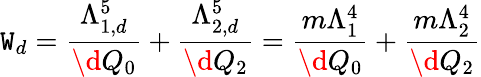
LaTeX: \mathtt{W}_{d}=\frac{{\Lambda_{1,d}^{5}}}{{\d{Q}_{0}}}+\frac{{\Lambda_{2,d}^{5}}}{{\d{Q}_{2}}}=\frac{{m\Lambda_{1}^{4}}}{{\d{Q}_{0}}}+\frac{{m\Lambda_{2}^{4}}}{{\d{Q}_{2}}}